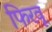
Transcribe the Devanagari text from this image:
फिरवू